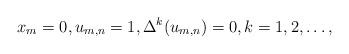
LaTeX: \begin{align*}x_m=0,u_{m,n}=1,\Delta^k(u_{m,n})=0,k=1,2, \ldots,\end{align*}